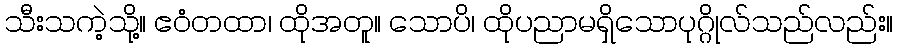
သီးသကဲ့သို့။ ဧဝံတထာ၊ ထိုအတူ။ သောပိ၊ ထိုပညာမရှိသောပုဂ္ဂိုလ်သည်လည်း။